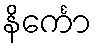
နိင်္ကော